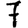
Digit: 7